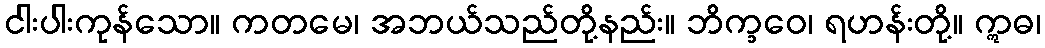
ငါးပါးကုန်သော။ ကတမေ၊ အဘယ်သည်တို့နည်း။ ဘိက္ခဝေ၊ ရဟန်းတို့။ ဣဓ၊